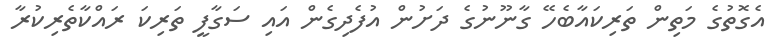
އެގޮތުގެ މަތިން ތަރިކައާބެހޭ ގާނޫނުގެ ދަށުން އުފެދިގެން އައި ސަގާފީ ތަރިކަ ރައްކާތެރިކުރާ